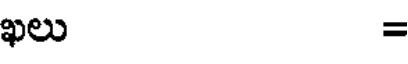
ఖలు =